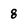
Character: 8